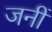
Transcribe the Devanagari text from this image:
जनीं